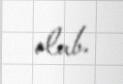
olub.